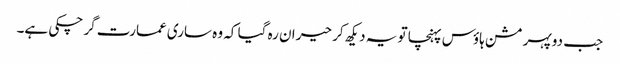
جب دوپہر مشن ہاؤس پہنچا تو یہ دیکھ کر حیران رہ گیا کہ وہ ساری عمارت گر چکی ہے۔